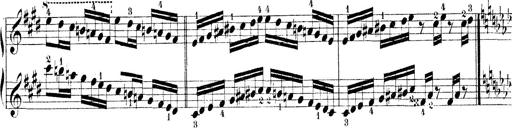
Title: Technische Studien
Composer: Franz Liszt